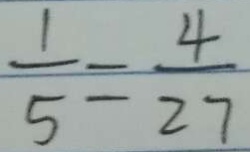
\frac { 1 } { 5 } = \frac { 4 } { 2 7 }